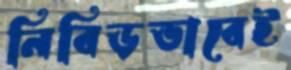
নিবিড়ভাবেই